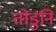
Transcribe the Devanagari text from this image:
तोडुनि